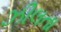
ઝીલતા